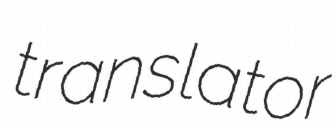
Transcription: translator